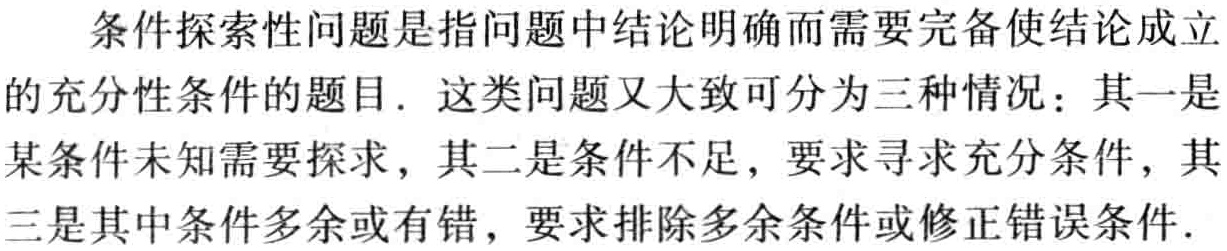
条件探索性问题是指问题中结论明确而需要完备使结论成立
的充分性条件的题目. 这类问题又大致可分为三种情况：其一是
某条件未知需要探求，其二是条件不足，要求寻求充分条件，其
三是其中条件多余或有错，要求排除多余条件或修正错误条件.